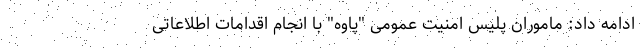
ادامه داد: ماموران پلیس امنیت عمومی "پاوه" با انجام اقدامات اطلاعاتی